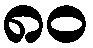
၈၀